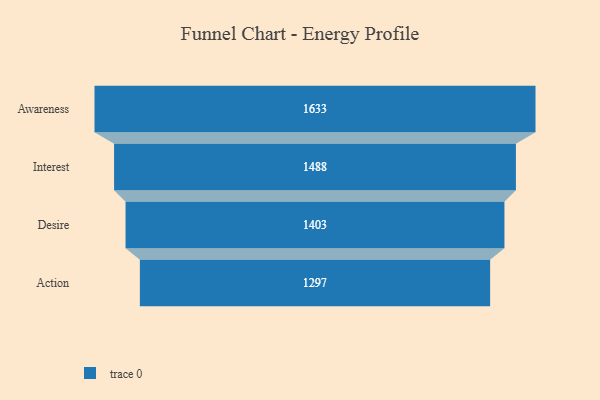
{"axis": {"x": "Stage", "y": "Value"}, "legend": [""], "data": [{"x": "Awareness", "y": 1633.0, "type": ""}, {"x": "Interest", "y": 1488.0, "type": ""}, {"x": "Desire", "y": 1403.0, "type": ""}, {"x": "Action", "y": 1297.0, "type": ""}]}